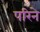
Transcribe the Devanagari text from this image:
परिने